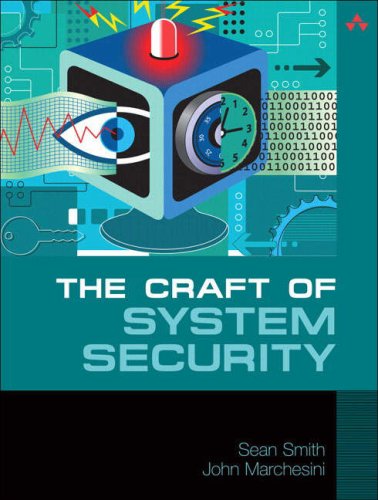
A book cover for The Craft of System Security; Sean Smith; Computers & Technology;